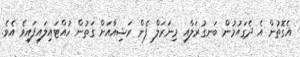
އެގޮތުން އެ ދެގައުމުން ބަނގުރަލާއި މިނަރަލް ފެން ރަޝިއާއަށް ގަތުން ހުއްޓައިލައިފައިވެ އެވެ.